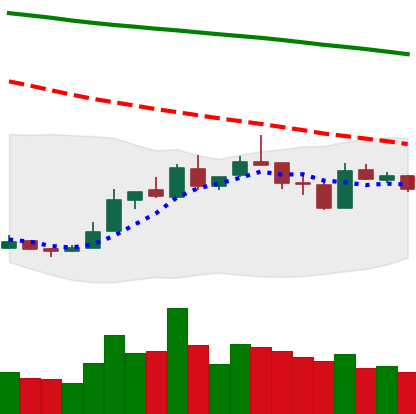
Ticker: LTC-USD
Chart end date: 2018-12-31
Forward return: 14.667%
Label: up_7plus